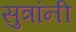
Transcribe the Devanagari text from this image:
सुत्रांनी